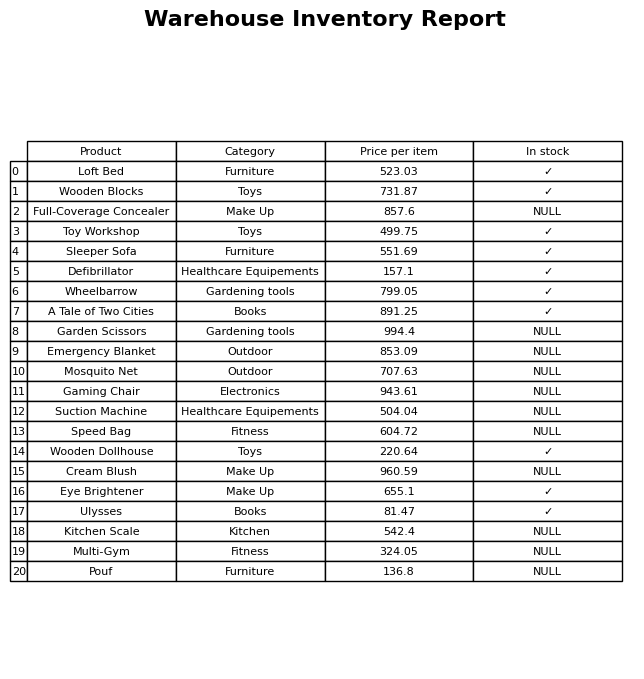
question: What is the price of the Emergency Blanket?
answer: The price of Emergency Blanket is 853.09.